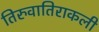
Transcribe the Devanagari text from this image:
तिरुवातिराकली